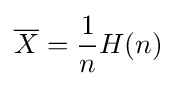
{\overline {X}}={\frac {1}{n}}H(n)